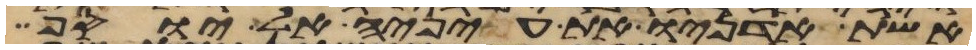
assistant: אשת אדניו את עיניה אל יוסף